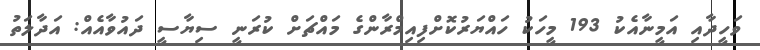
ވަހީދާއި އަމީނާއެކު 193 މީހަކު ހައްޔަރުކޮށްފިއިމްރާންގެ މައްޗަށް ކުރަނީ ސިޔާސީ ދައުވާއެއް: އަދާލަތު